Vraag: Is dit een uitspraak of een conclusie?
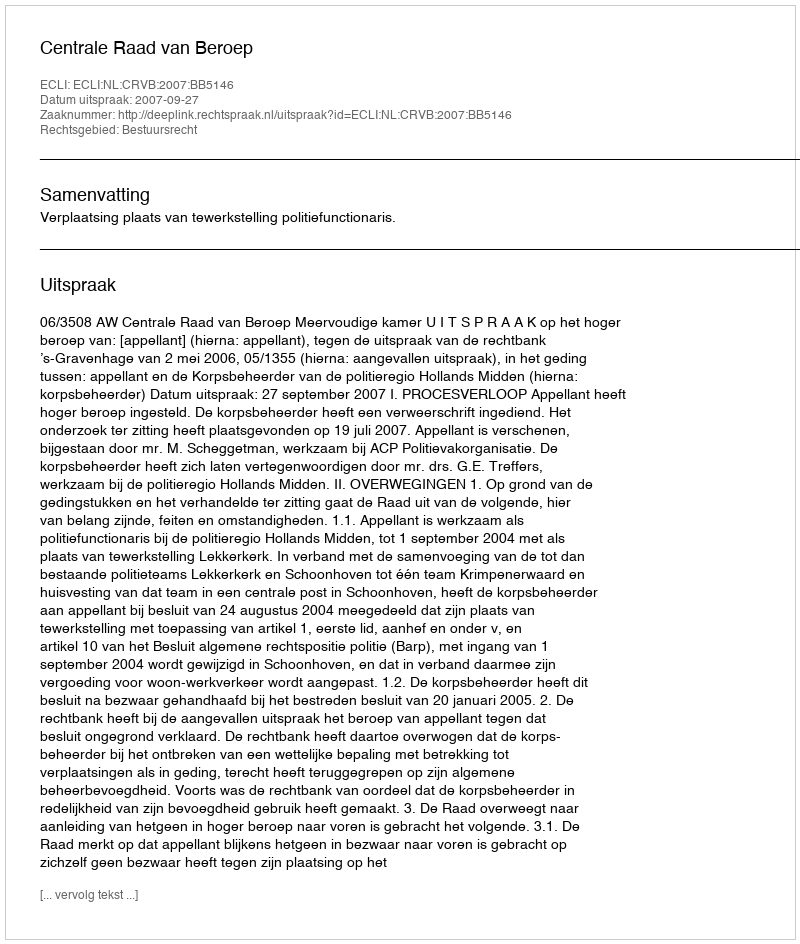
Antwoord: Uitspraak